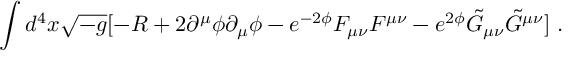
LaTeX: \int { d ^ { 4 } x \sqrt { - g } [ - R + 2 \partial ^ { \mu } \phi \partial _ { \mu } \phi - e ^ { - 2 \phi } F _ { \mu \nu } F ^ { \mu \nu } - e ^ { 2 \phi } \tilde { G } _ { \mu \nu } \tilde { G } ^ { \mu \nu } ] } \ .